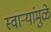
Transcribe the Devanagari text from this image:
स्वाऱ्यांमुळे